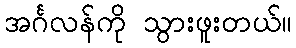
အင်္ဂလန်ကို သွားဖူးတယ်။